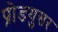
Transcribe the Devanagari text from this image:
प्रोडयुसर